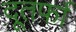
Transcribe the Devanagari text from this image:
दूतर्फा